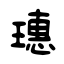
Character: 璤